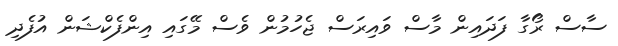
ސާސް ރޯގާ ފަދައިން މާސް ވައިރަސް ޖެހުމުން ވެސް މޭގައި އިންފެކްޝަން އުފެދި